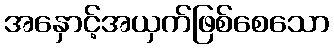
အနှောင့်အယှက်ဖြစ်စေသော